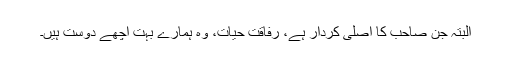
البتہ جن صاحب کا اصلی کردار ہے، رفاقت حیات، وہ ہمارے بہت اچھے دوست ہیں۔